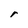
Character: r